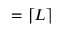
= \left\lceil L \right\rceil